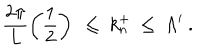
\frac { 2 \pi } { L } \left( \frac { 1 } { 2 } \right) ~ \leq ~ k _ { n } ^ { + } ~ \leq ~ \Lambda ^ { \prime } ~ .